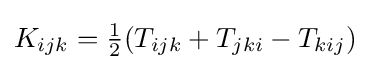
K_{ijk}={\tfrac {1}{2}}(T_{ijk}+T_{jki}-T_{kij})